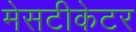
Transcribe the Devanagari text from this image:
मेसटीकेटर